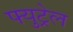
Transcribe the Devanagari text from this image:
फ्युट्रेल